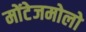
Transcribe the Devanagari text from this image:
मोंटेजमोलो